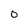
Character: 0